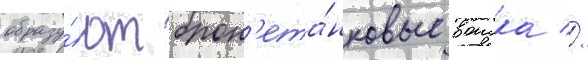
образу́ют брон'ета́нковые воиска //